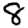
Digit: 8